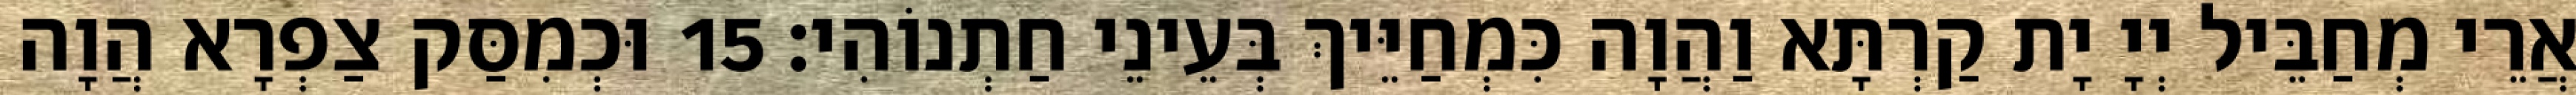
אֲרֵי מְחַבֵּיל יְיָ יָת קַרְתָּא וַהֲוָה כִּמְחַיֵּיךְ בְּעֵינֵי חַתְנוֹהִי׃ 15 וּכְמִסַּק צַפְרָא הֲוָה